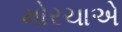
મોરચાએ